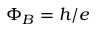
\Phi _ { B } = h / e